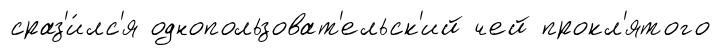
сраз'и́лс'я однопользоват'ельск'ий чей прокл'ятого